King Institute of Preventive Medicine Micro-Biological Section reports 1909-11
Year: 1909
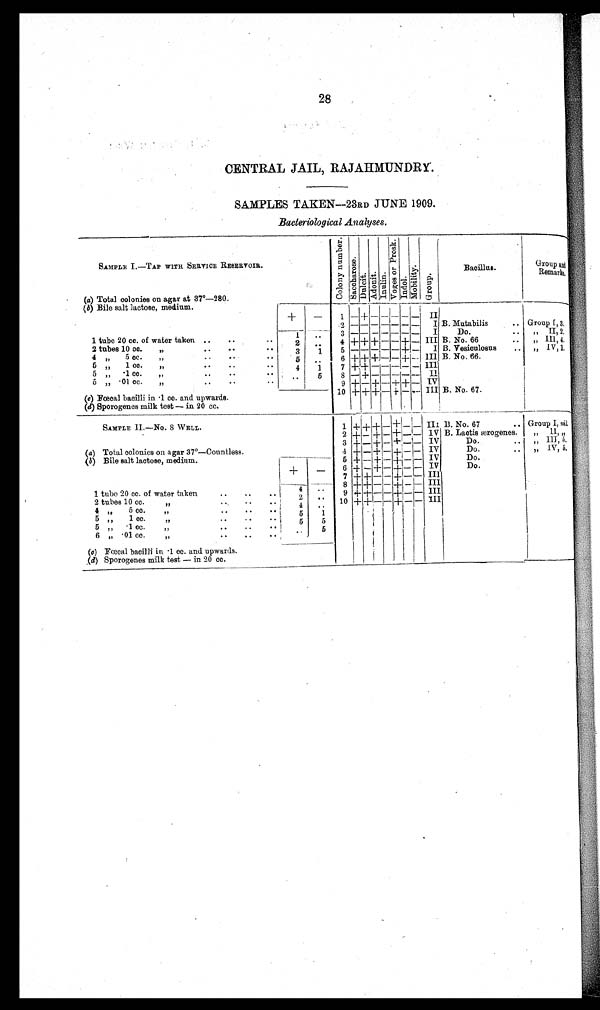
28
CENTRAL JAIL, RAJAHMUNDRY.
SAMPLES TAKEN—23RD JUNE 1909.
Bacteriological Analyses.
SAMPLE I.—TAP WITH SERVICE RESERVOIR.
C o l o n y n u m b e r
S a c c h a r o s e
Dul c i t
Adoni t
I n u l i nV o g e s o r P r o s k
I n d o l
Mobi l i t y
G r o u p
Bacillus.
Group and
Remarks.
(a) Total colonies on agar at 37°—280.
(b) Bile salt lactose, medium
+
—
1
—
+
— — — — —
II
2
— — — — — — —
I B. Mutabilis
.. Group I3.
1 tube 20 cc. of water taken ..
..
..
1 ' •
3
—
— —
—
—
— —
I
Do.
• . ,• II. nil
2 ..
4 + + +
— —
+
—
III B. No. 66
.. „ Ill, 4.
2 tubes 10 cc.
• •
• •
• •
3
1
5
— — — — —
+ — I B. Vesiculosus
.. ,, IV, 1.
4 „ 5 cc. „
..
..
..
5
6 + ++ +
—
—. +
—
III B. No. 66.
5 „ 1 cc.
„
..
..
• •
4
1
7 + + —— — —(— — — III
5 „ •1 cc.
„
..
..
• •
..
5
-1+ — — — — — II
5 „ •01 cc.
„
• •
• .
9 +
—
+
—
+ +
—
IV
10 + + +
—
+
—
— III B. No. 67.
(c) Fœcal bacilli in .1 cc. and upwards.
(d) Sporogenes milk test — in 20 cc.
SAMPLE I I . —No . 8 WELL.
1 + + + —
+ —
—
III B. No. 67
.. Group I, nil,
2 + — + — + —
—
IV B. Laotis aerogenes.
„ II, „
5.
III,
3 + — +
—
+
— —
IV
Do.
.. „
IV, 5.
(a) Total colonies on agar 37°—Countless
4 + — +;— +
—
— IV
Do.
,,
(b) Bile salt lactose, medium.
+ + +
5 + — + — +
—
—
—
IV
Do.
+
_
6 + — + —
+ — IV
Do.
7 + + — — +
— —
III
4
. . . 8 ± + —
—
+
—
—
III
1 tube 20 ce. of water taken
..
..
2 ..
9 + +
—
— + — — III
2 tubes 10 cc.
• .
• • •
4
..
10 + +
— —
+
— —
III
4 „
5 c c
„
..
—
••
5
1
1
5 9 I
oe•
,,
••
••
..
5
5
5 „ •1 cc.
„
..
..
—
5
6 „ •01 cc.
„
..
..
••
..
(a) Foceal bacilli in •1 co. and upwards.
_
.(d) Sporogenes milk test — in 20 cc.